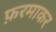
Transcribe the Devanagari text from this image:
फ़रमाकर